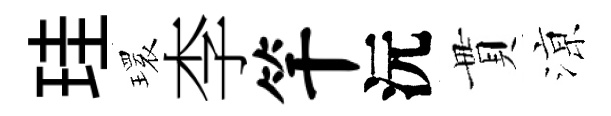
珪𤨔李竿沅貫鿌